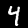
Digit: 4